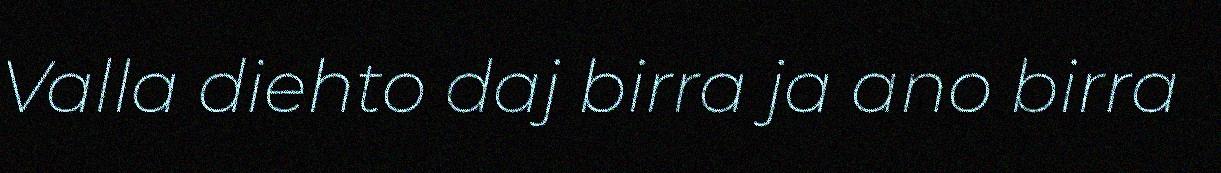
Valla diehto daj birra ja ano birra